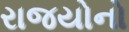
રાજયોનો